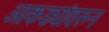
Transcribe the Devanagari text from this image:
आकड्यांवरुन